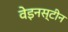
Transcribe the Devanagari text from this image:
वेइनस्टीन